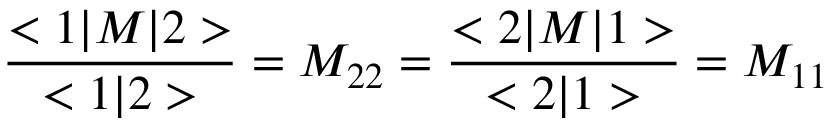
\frac { < 1 | { \cal M } | 2 > } { < 1 | 2 > } = { \cal M } _ { 2 2 } = \frac { < 2 | { \cal M } | 1 > } { < 2 | 1 > } = { \cal M } _ { 1 1 }